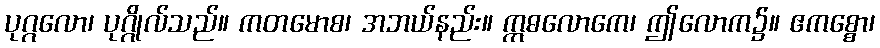
ပုဂ္ဂလော၊ ပုဂ္ဂိုလ်သည်။ ကတမောစ၊ အဘယ်နည်း။ ဣဓလောကေ၊ ဤလောက၌။ ဧကစ္စော၊